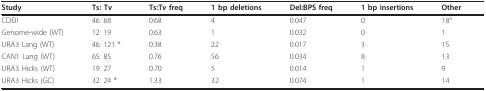
| Study | Ts: Tv | Ts:Tv freq | 1 bp deletions | Del:BPS freq | 1 bp insertions | Other |
 | --- | --- | --- | --- | --- | --- | --- |
 | CDEII | 46: 68 | 0.68 | 4 | 0.047 | 0 | 18a |
 | Genome-wide (WT) | 12: 19 | 0.63 | 1 | 0.032 | 0 | 1 |
 | URA3 Lang (WT) | 46: 121 * | 0.38 | 22 | 0.017 | 3 | 15 |
 | CAN1 Lang (WT) | 65: 85 | 0.76 | 56 | 0.034 | 8 | 13 |
 | URA3 Hicks (WT) | 19: 27 | 0.70 | 5 | 0.014 | 1 | 9 |
 | URA3 Hicks (GC) | 32: 24 * | 1.33 | 32 | 0.074 | 1 | 14 |